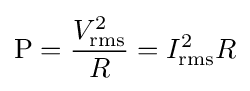
\mathrm {P} ={\frac {V_{\mathrm {rms} }^{2}}{R}}=I_{\mathrm {rms} }^{2}R